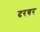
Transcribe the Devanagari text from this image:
दरबर